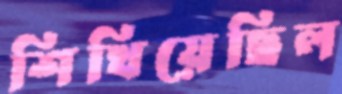
শিখিয়েছিল